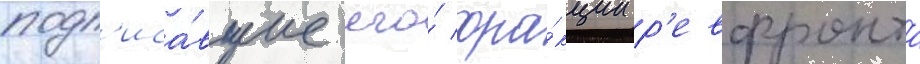
подп'иса́вшие его́ фра́кции р'евфронта